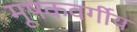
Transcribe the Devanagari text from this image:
मूषकवर्गीय